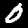
Digit: 0